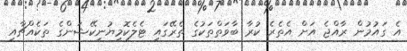
އެ ގައުމުން ރާއްޖެ އަށް އެތެރެ ކުރާ ބާވަތްތަކުގެ ތެރޭގައި ޓެލެކޮމިޔުނިކޭޝަންގެ ތަކެއްޗާއި